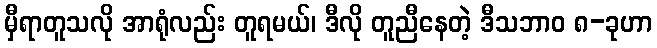
မှီရာတူသလို အာရုံလည်း တူရမယ်၊ ဒီလို တူညီနေတဲ့ ဒီသဘာဝ ၈-ခုဟာ